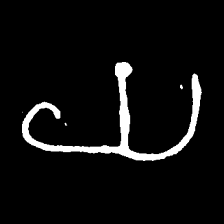
Pyu character \u2014 Myanmar letter: ယ (romanized: ya)